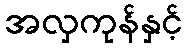
အလှကုန်နှင့်